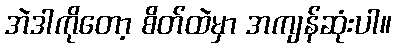
အဲဒါကိုတော့ စိတ်ထဲမှာ အကျန်ဆုံးပါ။